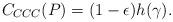
LaTeX: \begin{align*}C_{CCC}(P) = (1-\epsilon) h(\gamma) .\end{align*}